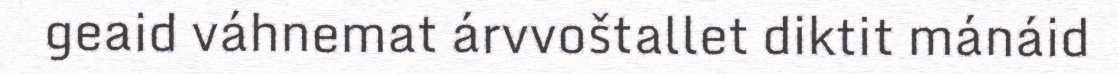
geaid váhnemat árvvoštallet diktit mánáid